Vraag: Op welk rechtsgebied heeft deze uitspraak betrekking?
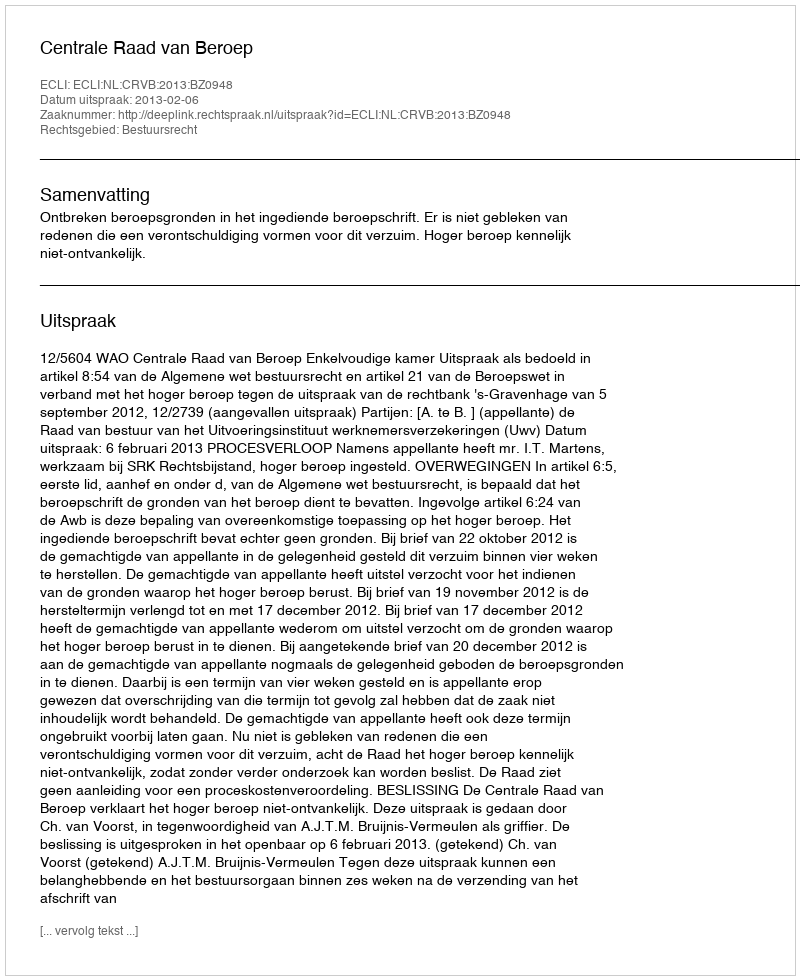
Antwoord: Bestuursrecht